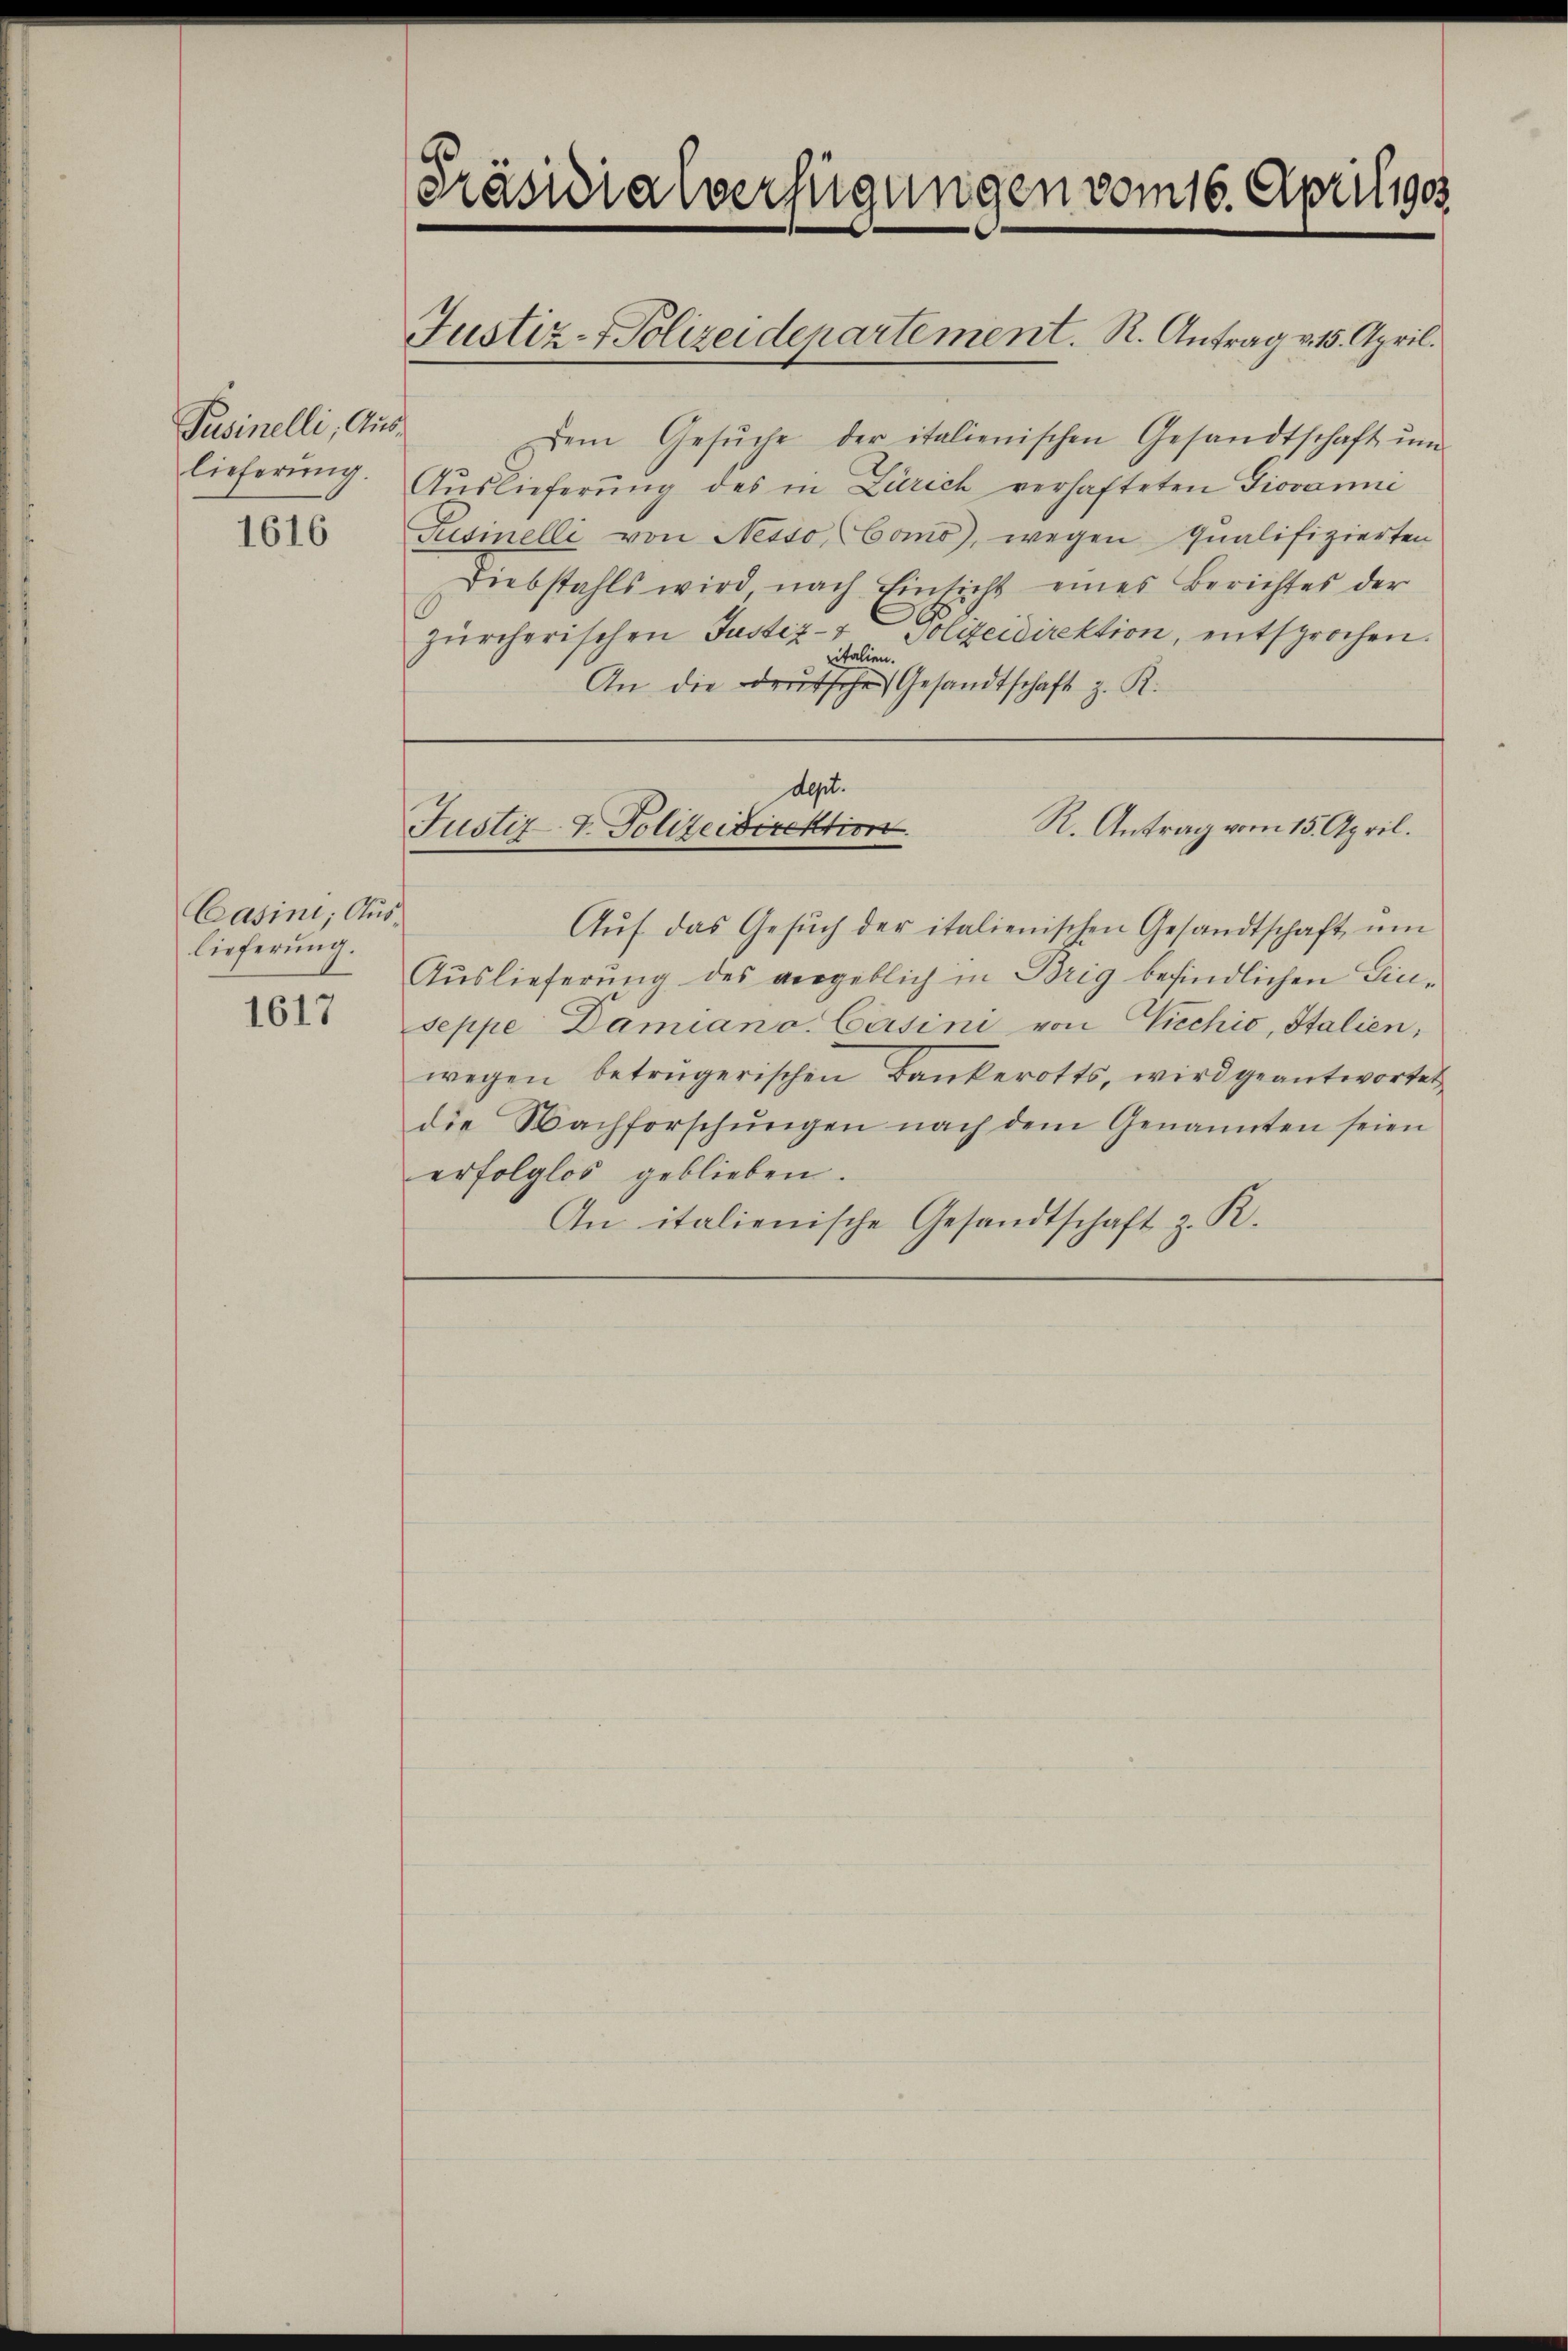
Pusinelli, Aus¬
1616

Casini; Auslieferung.

1617

Dem Gesŭche der italienischen Gesandtschaft ŭm
lieferŭng. Auslieferŭng des in Zürich verhafteten Giovanni
Pusinelli von Nesso Como, wegen Qualifizierten
Diebstahls wird, nach Einsicht eines Berichtes der
Zürcherischen Justiz- & Polizeidirektion, entsprochen.
pitalien.
An die edeŭtsche Gesandtschaft z. K.

Präsidialverfügungen vom 16. Apriliges

Justiz- & Polizeidepartement. R. Antrag v. 15. April.

dept.
R. Antrag vom 15. April.
Justiz- & Polizeidirektion

Aŭf das Gesŭch der italienischen Gesandtschaft ŭm
Auslieferung des vergeblich in Brig befindlichen Einseppe Damiano. Casini von Viechio, Italien,
wegen betrügerischen Bankerotts, wird geantwortet
die Nachforschŭngen nach dem Genannten seien
erfolglos geblieben.
An italienische Gesandtschaft z. R.